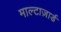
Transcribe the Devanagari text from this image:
माल्टाज़ार्ड